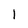
Character: 1